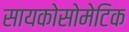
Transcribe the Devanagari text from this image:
सायकोसोमेटिक